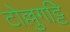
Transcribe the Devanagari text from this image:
टोल्लुगट्टि